Indian Civil Veterinary Department memoirs
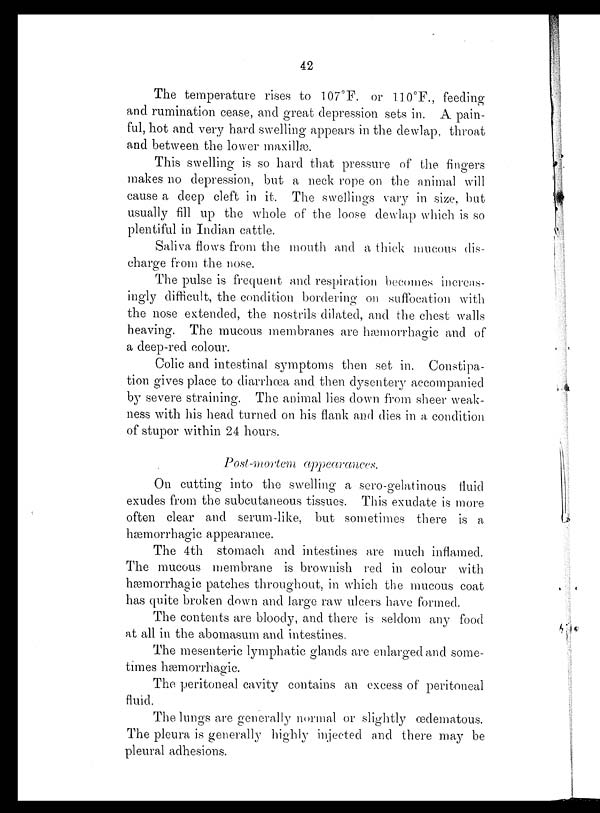
42
The temperature rises to 107°F. or 110°F., feeding
and rumination cease, and great depression sets in. A pain-
ful, hot and very hard swelling appears in the dewlap, throat
and between the lower maxillæ.
This swelling is so hard that pressure of the fingers
makes no depression, but a neck rope on the animal will
cause a deep cleft in it. The swellings vary in size, but
usually fill up the whole of the loose dewlap which is so
plentiful in Indian cattle.
Saliva flows from the mouth and a thick mucous dis-
charge from the nose.
The pulse is frequent and respiration becomes increas-
ingly difficult, the condition bordering on suffocation with
the nose extended, the nostrils dilated, and the chest walls
heaving. The mucous membranes are hæmorrhagic and of
a deep-red colour.
Colic and intestinal symptoms then set in. Constipa-
tion gives place to diarrhœa and then dysentery accompanied
by severe straining. The animal lies down from sheer weak-
ness with his head turned on his flank and dies in a condition
of stupor within 24 hours.
Post-mortem appearances.
On cutting into the swelling a sero-gelatinous fluid
exudes from the subcutaneous tissues. This exudate is more
often clear and serum-like, but sometimes there is a
hæmorrhagic appearance.
The 4th stomach and intestines are much inflamed.
The mucous membrane is brownish red in colour with
hæmorrhagic patches throughout, in which the mucous coat
has quite broken down and large raw ulcers have formed.
The contents are bloody, and there is seldom any food
at all in the abomasum and intestines,
The mesenteric lymphatic glands are enlarged and some-
times hæmorrhagic.
The peritoneal cavity contains an excess of peritoneal
fluid.
The lungs are generally normal or slightly œdematous.
The pleura is generally highly injected and there may be
pleural adhesions.